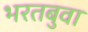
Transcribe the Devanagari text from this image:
भरतबुवा